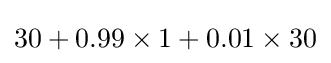
30+0.99\times 1+0.01\times 30